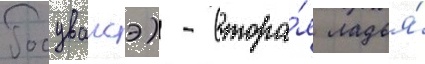
Росуваисэ) - втора́я ладья́